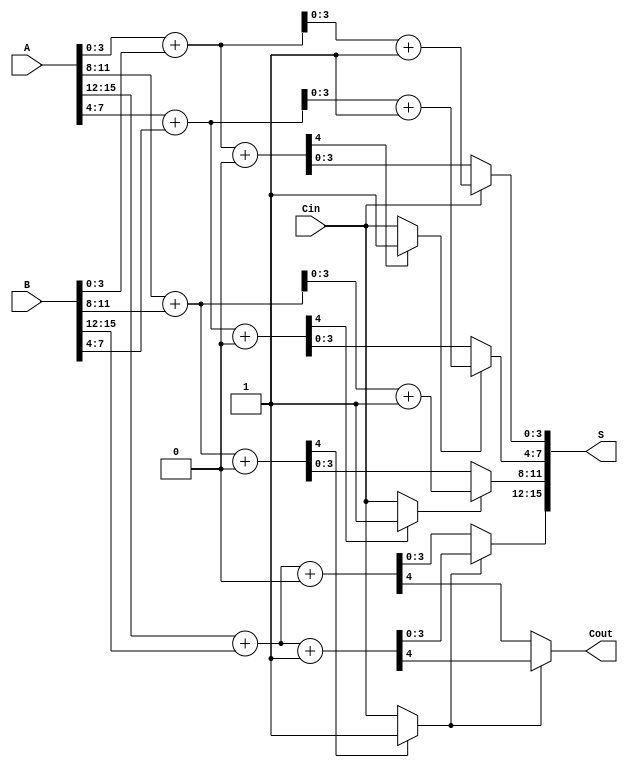
module CarrySelectAdder #(parameter N = 16, parameter M = 4) (
    input [N-1:0] A,       // First n-bit input
    input [N-1:0] B,       // Second n-bit input
    input Cin,             // Carry-in
    output [N-1:0] S,      // n-bit sum output
    output Cout            // Carry-out
);

    localparam NUM_BLOCKS = N / M; // Number of blocks
    wire [M-1:0] S0 [0:NUM_BLOCKS-1]; // Sums assuming Cin = 0
    wire [M-1:0] S1 [0:NUM_BLOCKS-1]; // Sums assuming Cin = 1
    wire C0 [0:NUM_BLOCKS-1];         // Carry-out assuming Cin = 0
    wire C1 [0:NUM_BLOCKS-1];         // Carry-out assuming Cin = 1
    wire [NUM_BLOCKS-1:0] carry_select; // Carry select signals

    // Generate the blocks
    genvar i;
    generate
        for (i = 0; i < NUM_BLOCKS; i = i + 1) begin : block
            wire [M-1:0] A_block = A[M*i +: M];
            wire [M-1:0] B_block = B[M*i +: M];

            // Full adders for Cin = 0
            assign {C0[i], S0[i]} = A_block + B_block + 1'b0;

            // Full adders for Cin = 1
            assign {C1[i], S1[i]} = A_block + B_block + 1'b1;

            // Select carry for the next block
            if (i == 0) begin
                assign carry_select[i] = Cin;
            end else begin
                assign carry_select[i] = C0[i-1] ? 1'b1 : Cin;
            end
        end
    endgenerate

    // MUX to select the final sum and carry-out
    generate
        for (i = 0; i < NUM_BLOCKS; i = i + 1) begin : mux
            assign S[M*i +: M] = carry_select[i] ? S1[i] : S0[i];
            if (i == NUM_BLOCKS - 1) begin
                assign Cout = carry_select[i] ? C1[i] : C0[i];
            end
        end
    endgenerate

endmodule